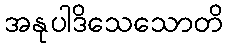
အနုပါဒိသေသောတိ